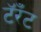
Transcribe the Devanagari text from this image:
टॅरँट